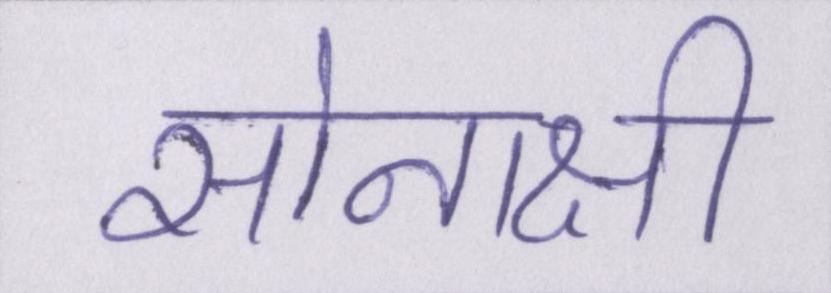
सोनाक्षी